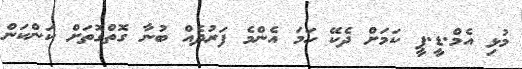
މުޅި އެމް.ޑީ.ޕީ ކަމަށް ދެކޭ ހަމަ އެންމެ ފަރުދެއް ބުނާ ގޮތްގޮތަށް ކަންކަން